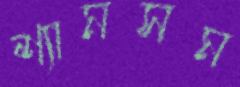
শ্যামসম